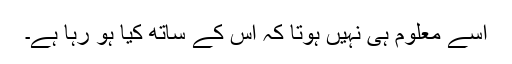
اسے معلوم ہی نہیں ہوتا کہ اس کے ساتھ کیا ہو رہا ہے۔